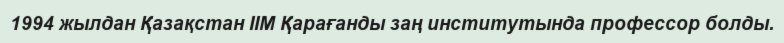
1994 жылдан Қазақстан ІІМ Қарағанды заң институтында профессор болды.